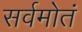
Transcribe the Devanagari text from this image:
सर्वमोतं